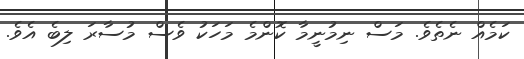
ކަމެއް ނެތެވެ. މަސް ނިމުނީމާ ކޮންމެ މަހަކު ވެސް މުސާރަ ލިބެ އެވެ.